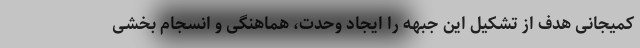
کمیجانی هدف از تشکیل این جبهه را ایجاد وحدت، هماهنگی و انسجام بخشی